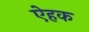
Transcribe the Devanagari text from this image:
ऐहक